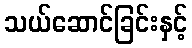
သယ်ဆောင်ခြင်းနှင့်